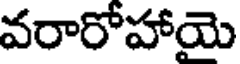
వరారోహాయె